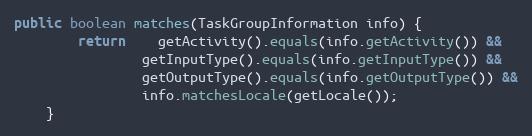
Language: Java
public boolean matches(TaskGroupInformation info) {
		return	getActivity().equals(info.getActivity()) &&
				getInputType().equals(info.getInputType()) &&
				getOutputType().equals(info.getOutputType()) &&
				info.matchesLocale(getLocale());
	}